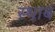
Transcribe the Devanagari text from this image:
स्थाबं